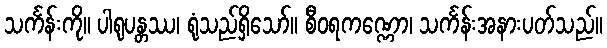
သင်္ကန်းကို။ ပါရုပန္တဿ၊ ရုံသည်ရှိသော်။ စီဝရကဏ္ဏော၊ သင်္ကန်းအနားပတ်သည်။